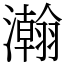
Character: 瀚